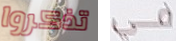
تذكروا كل